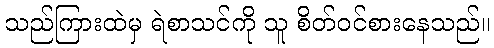
သည်ကြားထဲမှ ရဲစာသင်ကို သူ စိတ်ဝင်စားနေသည်။